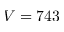
V = 7 4 3